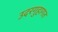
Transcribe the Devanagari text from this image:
उदरगुहागत